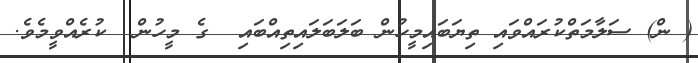
( ން) ސަލާމަތްކުރައްވައި ތިޔަބައިމީހުން ބަލަބަލައިތިއްބައި  ގެ މީހުން  ކުރެއްވީމެވެ.